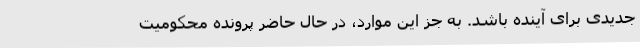
جدیدی برای آینده باشد. به جز این موارد، در حال حاضر پرونده محکومیت